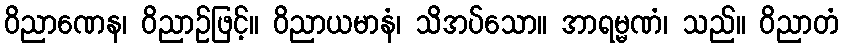
ဝိညာဏေန၊ ဝိညာဉ်ဖြင့်။ ဝိညာယမာနံ၊ သိအပ်သော။ အာရမ္မဏံ၊ သည်။ ဝိညာတံ